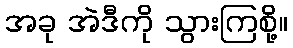
အခု အဲဒီကို သွားကြစို့။